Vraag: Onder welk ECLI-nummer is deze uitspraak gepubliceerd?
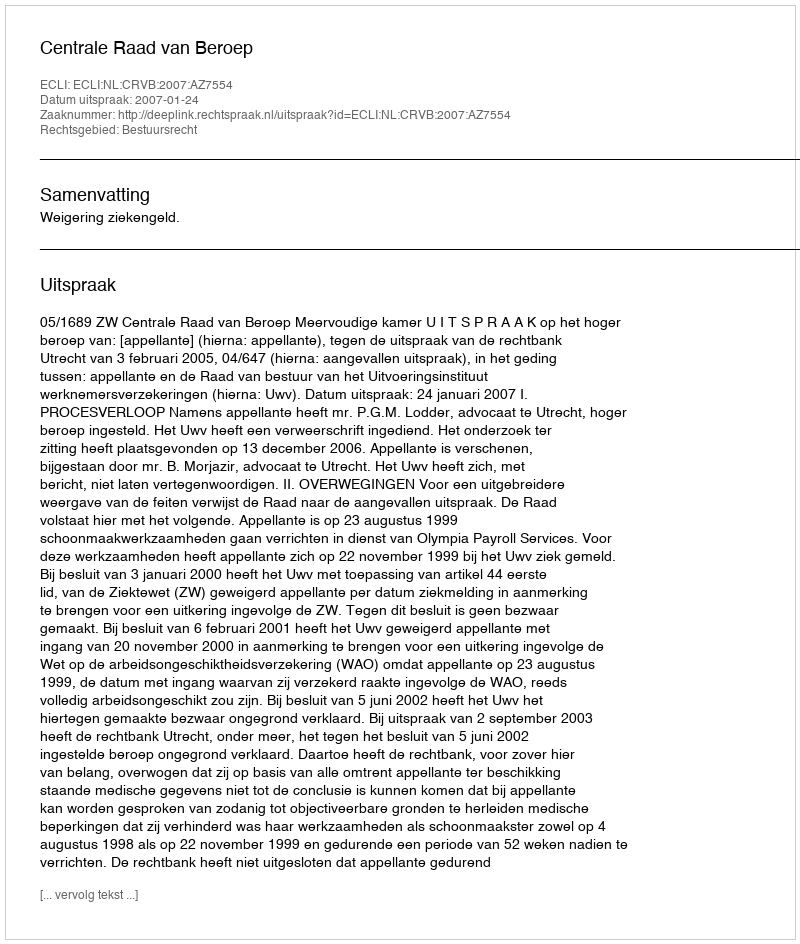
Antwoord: ECLI:NL:CRVB:2007:AZ7554